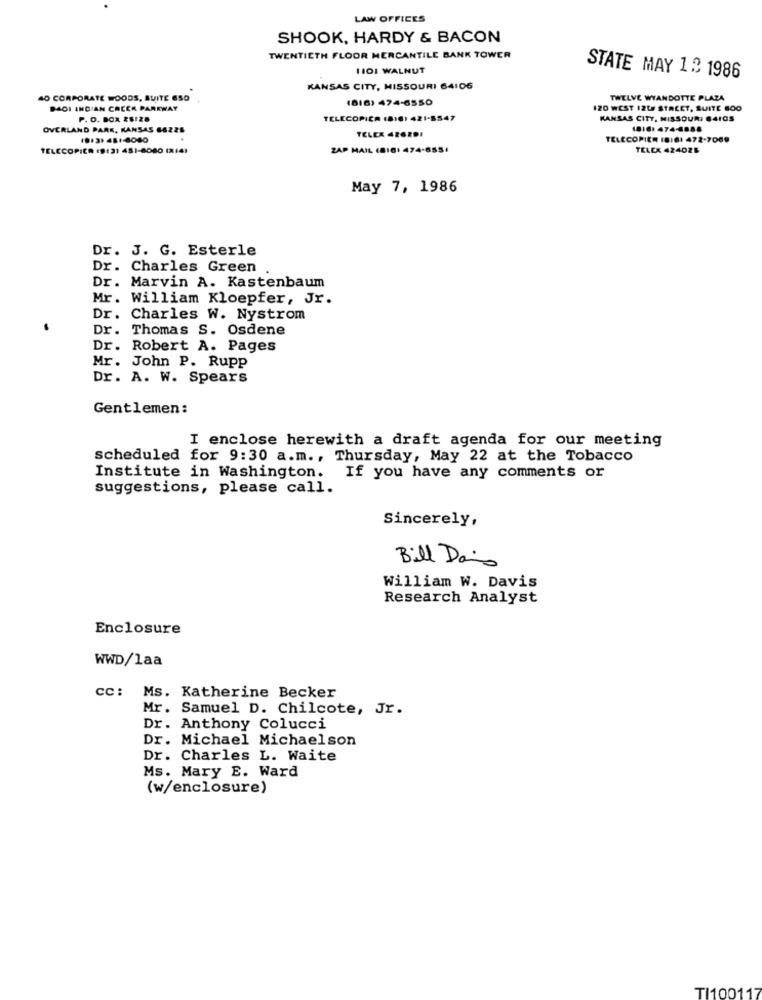
LAW OFFICES
SHOOK, HARDY & BACON
TWENTIETH FLOOR MERCANTILE BANK TOWER
HOI WALNUT
STATE MAY 1.3 1986
KANSAS CITY, MISSOURI 64106
40 CORPORATE WOODS, SUITE ESO
(816) 474-6550
TWELVE WYANDOTTE PLAZA
BAGI INDIAN CREEK PARKWAY
120 WEST 12L STREET, SUITE 600
P. O. BOX 26:28
TELECOPICA (816) 421-8547
KANSAS CITY, MISSOURI 64IOS
OVERLAND PARK, KANSAS 66225
TELEX 4262DI
10:3) 481-8080
TELECOPIER (BIG) 472-7069
TELECOPIER (9:31 451-8080 (X14)
ZAP MAIL (810: 474-8554
TELEX 424025
May 7, 1986
Dr. J. G. Esterle
Dr. Charles Green
Dr. Marvin A. Kastenbaum
Mr. William Kloepfer, Jr.
Dr. Charles W. Nystrom
Dr. Thomas S. Osdene
Dr. Robert A. Pages
Mr. John P. Rupp
Dr. A. W. Spears
Gentlemen:
I enclose herewith a draft agenda for our meeting
scheduled for 9:30 a.m ., Thursday, May 22 at the Tobacco
Institute in Washington. If you have any comments or
suggestions, please call.
Sincerely,
Bill Dais
William W. Davis
Research Analyst
Enclosure
WWD/laa
cc :
Ms. Katherine Becker
Mr. Samuel D. Chilcote, Jr.
Dr. Anthony Colucci
Dr. Michael Michaelson
Dr. Charles L. Waite
Ms. Mary E. Ward
(w/enclosure)
TI100117